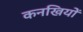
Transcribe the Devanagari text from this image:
कनखियों